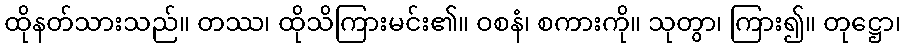
ထိုနတ်သားသည်။ တဿ၊ ထိုသိကြားမင်း၏။ ဝစနံ၊ စကားကို။ သုတွာ၊ ကြား၍။ တုဋ္ဌော၊